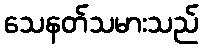
သေနတ်သမားသည်